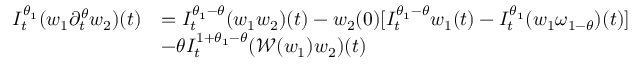
\begin{array} { r l } { I _ { t } ^ { \theta _ { 1 } } ( w _ { 1 } \partial _ { t } ^ { \theta } w _ { 2 } ) ( t ) } & { = I _ { t } ^ { \theta _ { 1 } - \theta } ( w _ { 1 } w _ { 2 } ) ( t ) - w _ { 2 } ( 0 ) [ I _ { t } ^ { \theta _ { 1 } - \theta } w _ { 1 } ( t ) - I _ { t } ^ { \theta _ { 1 } } ( w _ { 1 } \omega _ { 1 - \theta } ) ( t ) ] } \\ & { - \theta I _ { t } ^ { 1 + \theta _ { 1 } - \theta } ( \mathcal { W } ( w _ { 1 } ) w _ { 2 } ) ( t ) } \end{array}